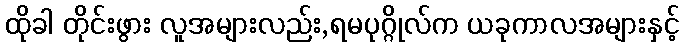
ထိုခါ တိုင်းဖွား လူအများလည်း,ရမပုဂ္ဂိုလ်က ယခုကာလအများနှင့်